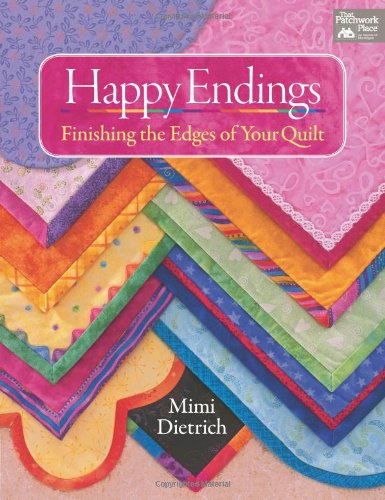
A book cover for Happy Endings; Mimi Dietrich; Crafts, Hobbies & Home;